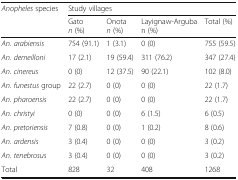
<table><thead><tr><td rowspan="2"><b><i>Anopheles</i> species</b></td><td colspan="4"><b>Study villages</b></td></tr><tr><td><b>Gato<i>n</i> (%)</b></td><td><b>Onota<i>n</i> (%)</b></td><td><b>Layignaw-Arguban (%)</b></td><td><b>Total (%)</b></td></tr></thead><tbody><tr><td><i>An. arabiensis</i></td><td>754 (91.1)</td><td>1 (3.1)</td><td>0 (0)</td><td>755 (59.5)</td></tr><tr><td><i>An. demeilloni</i></td><td>17 (2.1)</td><td>19 (59.4)</td><td>311 (76.2)</td><td>347 (27.4)</td></tr><tr><td><i>An. cinereus</i></td><td>0 (0)</td><td>12 (37.5)</td><td>90 (22.1)</td><td>102 (8.0)</td></tr><tr><td><i>An. funestus</i> group</td><td>22 (2.7)</td><td>0 (0)</td><td>0 (0)</td><td>22 (1.7)</td></tr><tr><td><i>An. pharoensis</i></td><td>22 (2.7)</td><td>0 (0)</td><td>0 (0)</td><td>22 (1.7)</td></tr><tr><td><i>An. christyi</i></td><td>0 (0)</td><td>0 (0)</td><td>6 (1.5)</td><td>6 (0.5)</td></tr><tr><td><i>An. pretoriensis</i></td><td>7 (0.8)</td><td>0 (0)</td><td>1 (0.2)</td><td>8 (0.6)</td></tr><tr><td><i>An. ardensis</i></td><td>3 (0.4)</td><td>0 (0)</td><td>0 (0)</td><td>3 (0.2)</td></tr><tr><td><i>An. tenebrosus</i></td><td>3 (0.4)</td><td>0 (0)</td><td>0 (0)</td><td>3 (0.2)</td></tr><tr><td>Total</td><td>828</td><td>32</td><td>408</td><td>1268</td></tr></tbody></table>